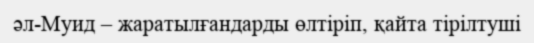
әл-Муид – жаратылғандарды өлтіріп, қайта тірілтуші